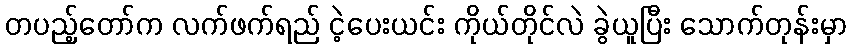
တပည့်တော်က လက်ဖက်ရည် ငဲ့ပေးယင်း ကိုယ်တိုင်လဲ ခွဲယူပြီး သောက်တုန်းမှာ